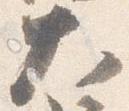
大